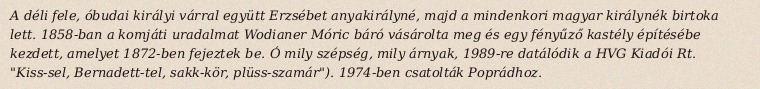
A déli fele, óbudai királyi várral együtt Erzsébet anyakirályné, majd a mindenkori magyar királynék birtoka lett. 1858-ban a komjáti uradalmat Wodianer Móric báró vásárolta meg és egy fényűző kastély építésébe kezdett, amelyet 1872-ben fejeztek be. Ó mily szépség, mily árnyak, 1989-re datálódik a HVG Kiadói Rt. "Kiss-sel, Bernadett-tel, sakk-kör, plüss-szamár"). 1974-ben csatolták Poprádhoz.